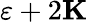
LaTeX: \mathbf{\varepsilon}+2\mathbf{K}